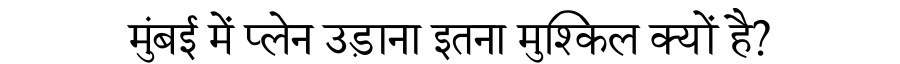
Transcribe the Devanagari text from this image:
मुंबई में प्लेन उड़ाना इतना मुश्किल क्यों है?